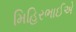
મિહિરભાઈએ